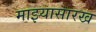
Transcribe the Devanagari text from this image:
माझ्यासारख